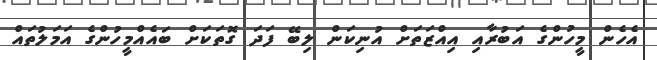
އެހެން މީހުންގެ އަބުރާއި އިއްޒަތަށް އުނިކަން ލިބޭ ފަދަ ގޮތަކަށް ބައެއްމީހުންގެ އަމަލުތައް